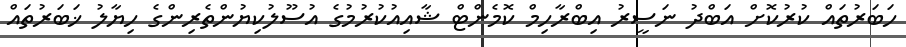
ހަބަރުތައް ކުރުކޮށް އަބްދު ނަސީރު އިބްރާހިމް ކޮމެންޓް ޝާއިއުކުރުމުގެ އުސޫލުކިޔުންތެރިންގެ ހިޔާލު ޚަބަރުތައް